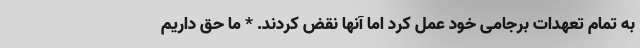
به تمام تعهدات برجامی خود عمل کرد اما آنها نقض کردند. * ما حق داریم